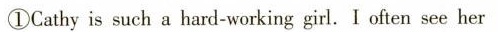
①Cathy is such a hard-working girl.I often see her